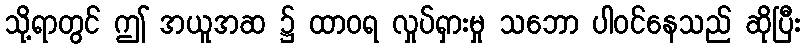
သို့ရာတွင် ဤ အယူအဆ ၌ ထာဝရ လှုပ်ရှားမှု သဘော ပါဝင်နေသည် ဆိုပြီး